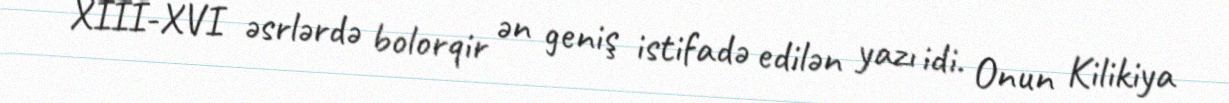
XIII-XVI əsrlərdə bolorqir ən geniş istifadə edilən yazı idi. Onun Kilikiya